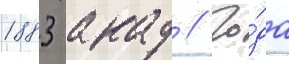
1883 акад // Го́да